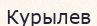
Курылев